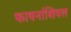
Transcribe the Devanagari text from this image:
फायनांशियल